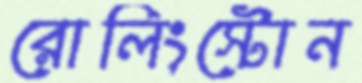
রোলিংস্টোন